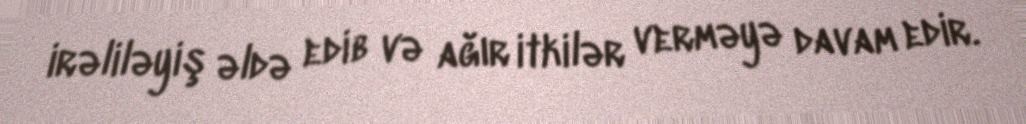
irəliləyiş əldə edib və ağır itkilər verməyə davam edir.